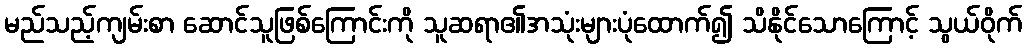
မည်သည့်ကျမ်းစာ ဆောင်သူဖြစ်ကြောင်းကို သူဆရာ၏အသုံးများပုံထောက်၍ သိနိုင်သောကြောင့် သွယ်ဝိုက်